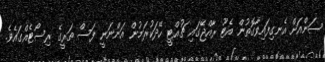
ސަންއަށް އެނގިފައިވާގޮތުން އެޓޫ ރާއްޖޭގައި ޗުއްޓީ ހޭދަކުރަމުން އަންނަނީ ފަސް ތަރީގެ ރިސޯޓެއްގައެވެ.